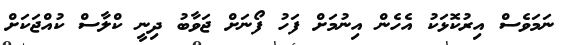
ނަމަވެސް އިރުކޮޅަކު އެހެން އިނުމަށް ފަހު ފޯނަށް ޖަވާބު ދިނީ ކްލާސް ކުއްޖަކަށް